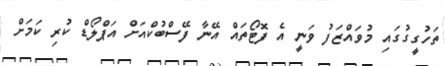
ތަހުގީގުގައި މުވައްޒަފު ވަނީ އެ ފޮޓޯތައް އޭނާ ފޭސްބުކްއަށް އަޕްލޯޑް ކުރި ކަމަށް